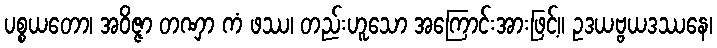
ပစ္စယတော၊ အဝိဇ္ဇာ တဏှာ ကံ ဖဿ၊ တည်းဟူသော အကြောင်းအားဖြင့်။ ဥဒယဗ္ဗယဒဿနေ၊